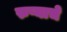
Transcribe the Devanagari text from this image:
रुप्याचे